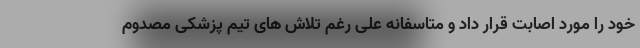
خود را مورد اصابت قرار داد و متاسفانه علی رغم تلاش های تیم پزشکی مصدوم